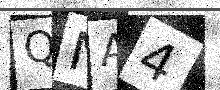
Text: QNA4